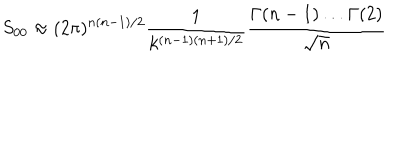
S _ { 0 0 } \approx ( 2 \pi ) ^ { n ( n - 1 ) / 2 } \frac { 1 } { k ^ { ( n - 1 ) ( n + 1 ) / 2 } } \frac { \Gamma ( n - 1 ) \ldots \Gamma ( 2 ) } { \sqrt { n } }